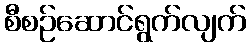
စီစဉ်ဆောင်ရွက်လျက်